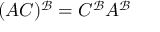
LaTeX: ( A C ) ^ { \mathcal { B } } = C ^ { \mathcal { B } } A ^ { \mathcal { B } }